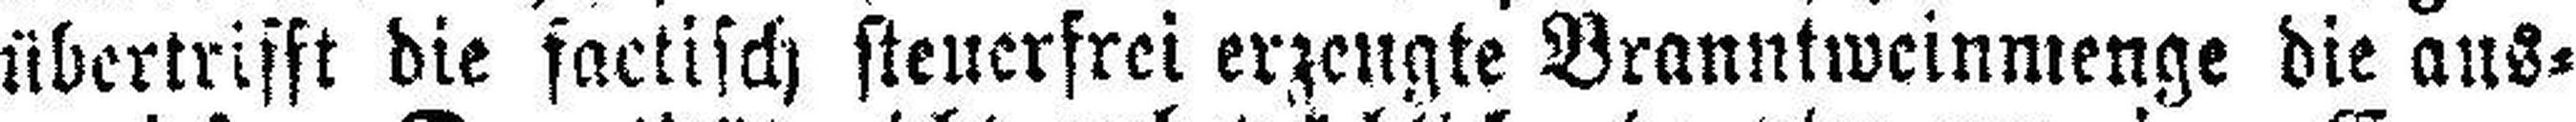
übertrifft die factisch steuerfrei erzeugte Branntweinmenge die aus¬